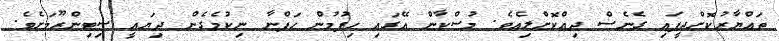
ތައްޔާރުކޮށްދީފައި ގެނެސް ދިއްކޮށްލިއެވެ. މުސްކާން އޭގައި ހިފުމުން ހަފްނާ ނިކުމެގެން ދިޔައީ ސިޓިންރޫމަށެވެ.